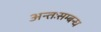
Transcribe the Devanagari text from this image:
अन्तःसम्बन्ध